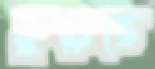
কুরেছে